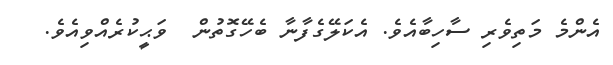
އެންމެ މަތިވެރި ސާހިބާއެވެ. އެކަލޭގެފާނާ ބެހޭގޮތުން  ވަޙީކުރެއްވިއެވެ.